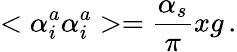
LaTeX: <\alpha_{i}^{a}\alpha_{i}^{a}>=\frac{\alpha_{s}}{\pi}xg\, .